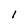
Character: 1